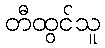
တီထွင်သူ